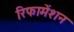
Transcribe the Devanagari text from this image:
रिफामेंशन